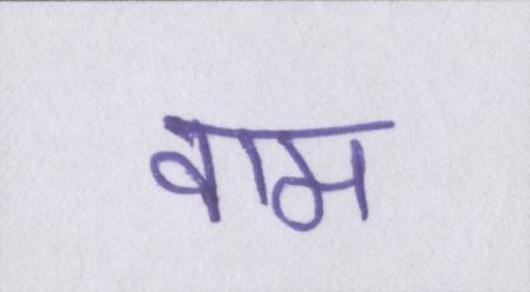
वाम